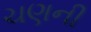
ચણની